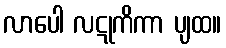
လာပေါ လဋုကိကာ ပျထ။